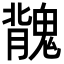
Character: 𩳿